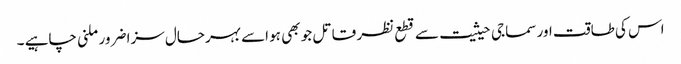
اس کی طاقت اور سماجی حیثیت سے قطع نظر قاتل جو بھی ہو اسے بہرحال سزا ضرور ملنی چاہیے ۔